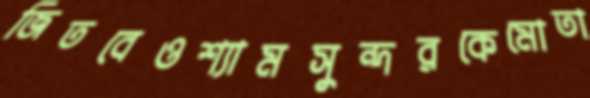
জিতবেওশ্যামসুন্দরকেমোতা